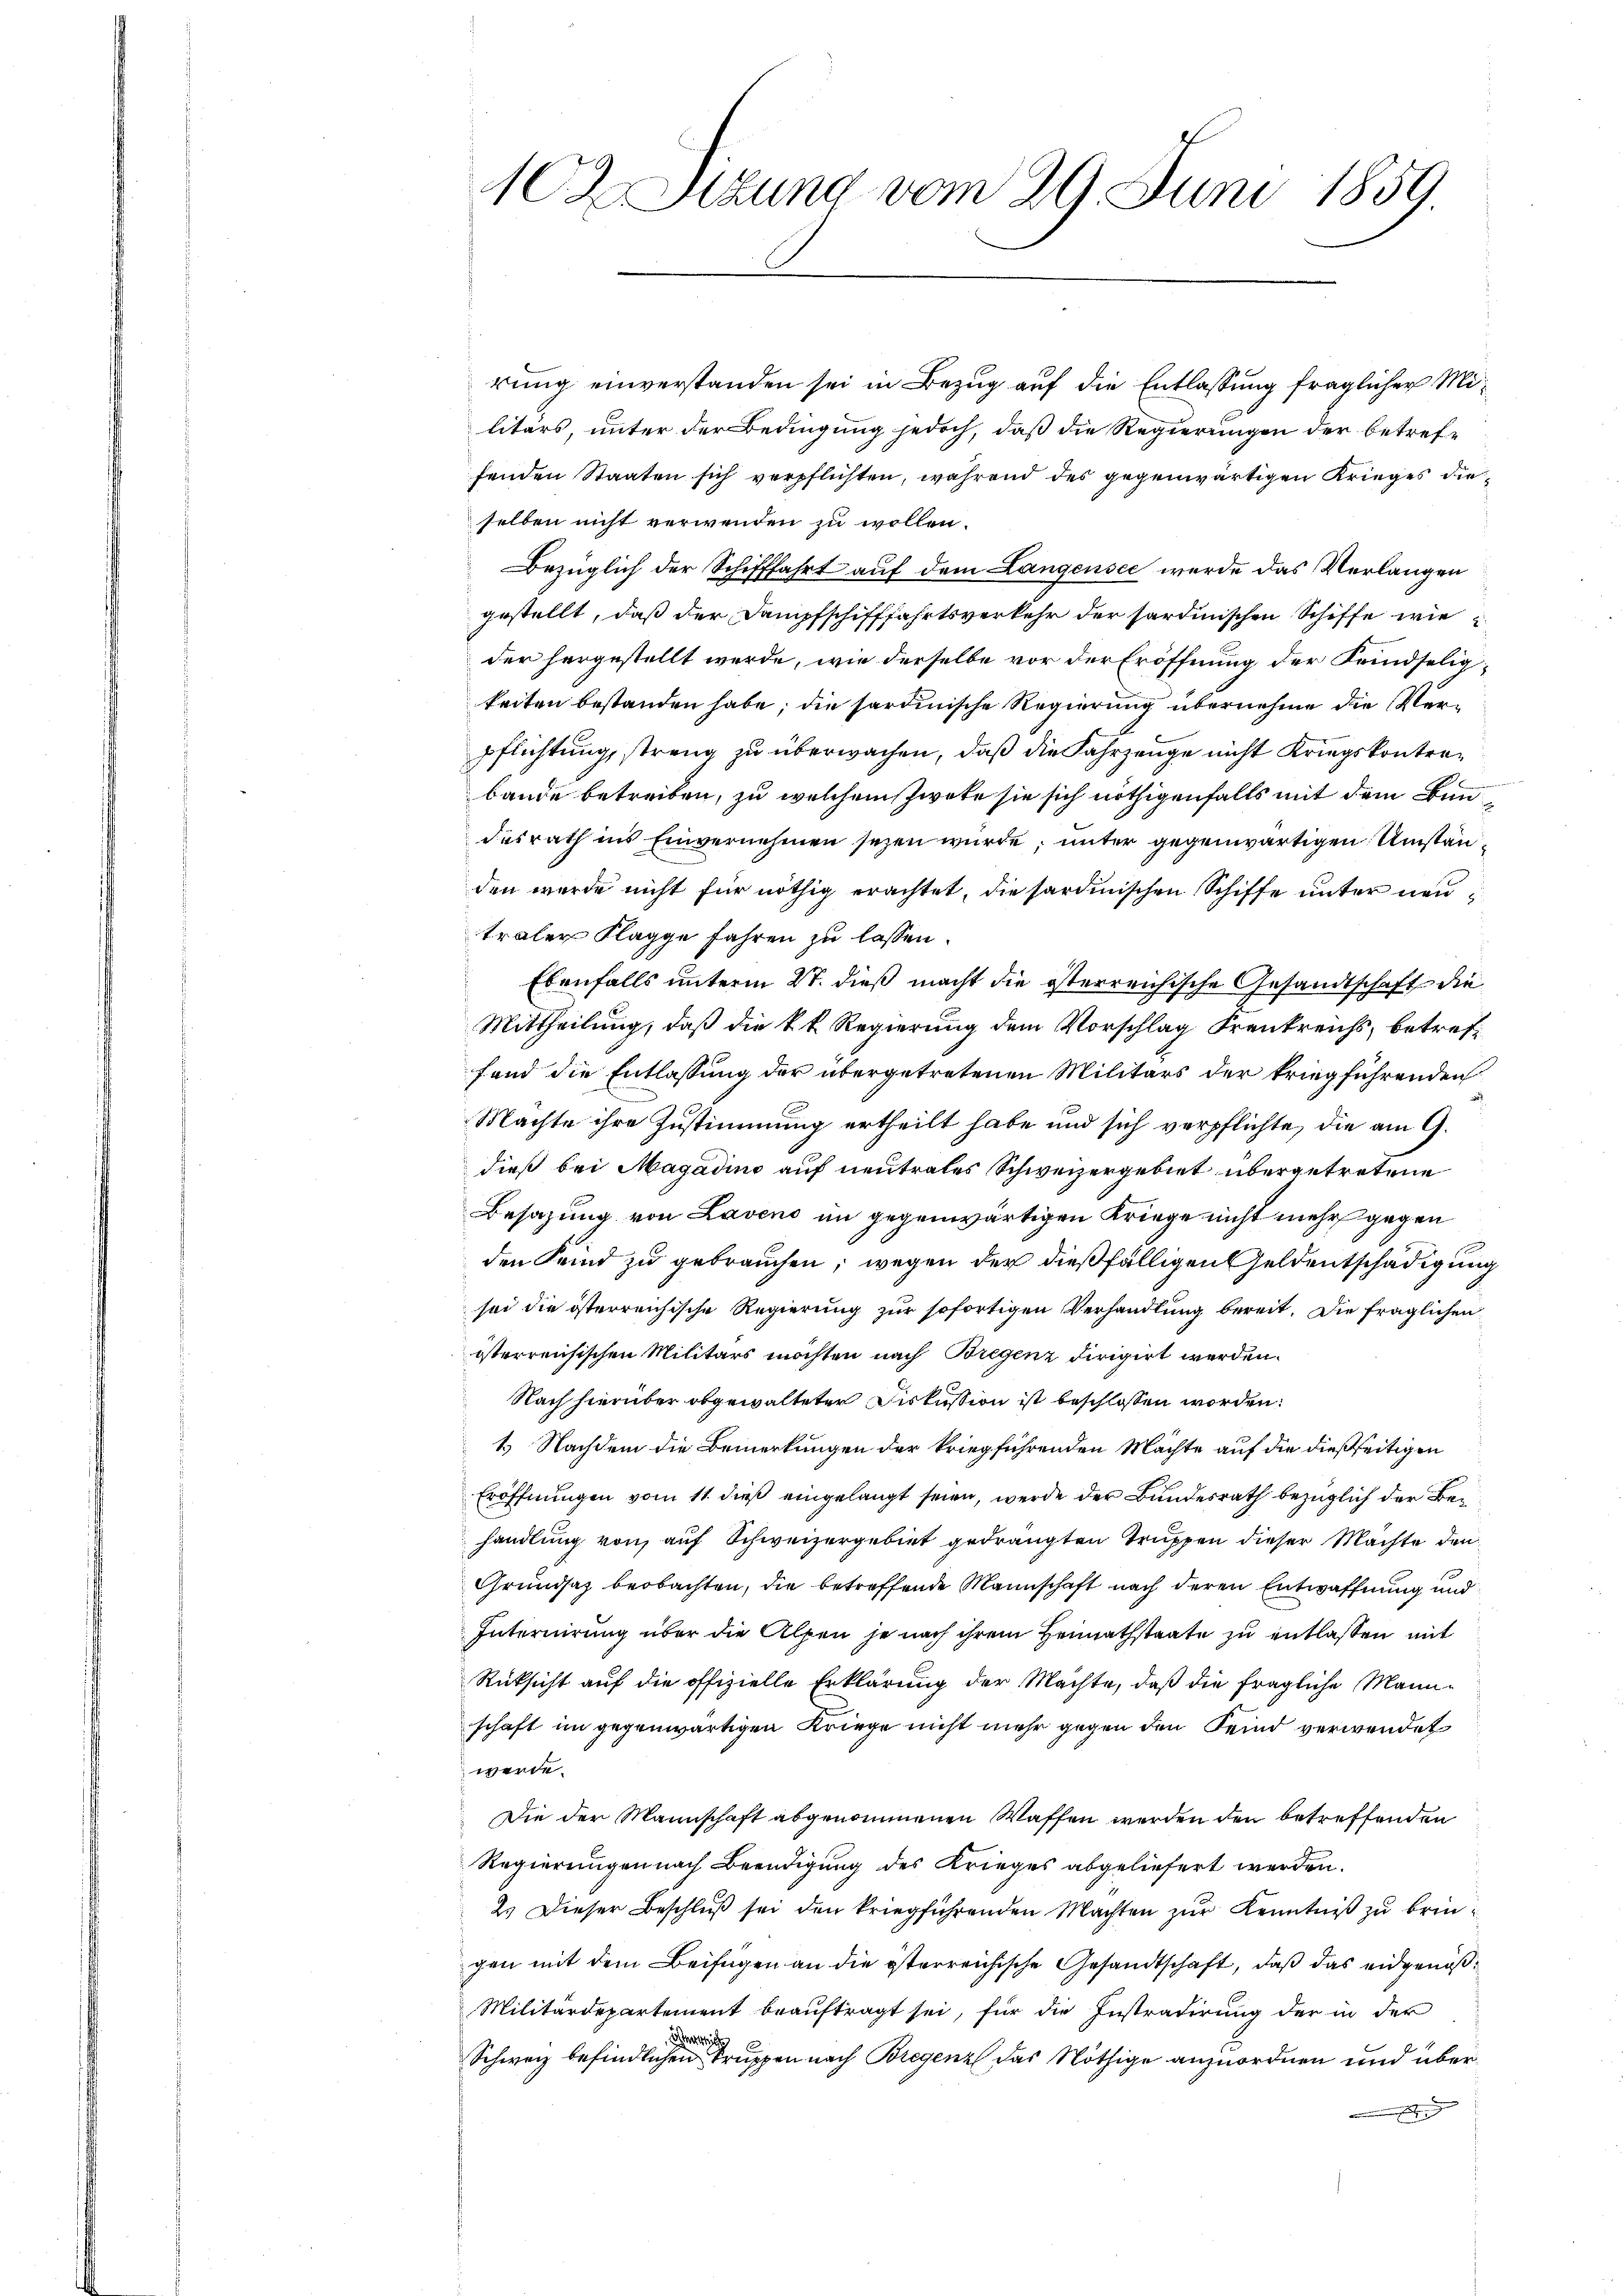
102 Stzung vom 29. Juni 1859.

rung einverstanden sei in Bezug auf die Entlassung fraglicher Militärs, unter der Bedingung jedoch, daß die Regierungen der betreffenden Staaten sich verpflichten, während des gegenwärtigen Krieges dieselben nicht verwenden zu wollen.
Bezüglich der Schifffahrt auf dem Langensee werde das Verlangen
gestellt, daß der Dampfschifffahrtsverkehr der sardinischen Schiffe wie
der hergestellt werde, wie derselbe vor der Eröffnung der Femdseligkeiten bestanden habe; die sardinische Regierung übernehme die Verpflichtung, streng zu überwachen, daß die Fahrzeuge nicht Kriegskontrabande betreiben, zu welchem Zwete sie sich nöthigenfalls mit dem Bundesrath ins Einvernehmen sezen wurde, unter gegenwärtigen Umstan
den wurde nicht für nöthig erachtet, die sardinischen Schiffe unter neutraler Klagge fahren zu lassen.
Ebenfalls unterm 27. dieß macht die österreichische Gesandtschaft die
Mittheilung, daß die kk. Regierung dem Vorschlag Frenkreichs, betreffand die Entlassung der übergetretenen Militärs der kriegführenden
Machte ihre Zustimmung ertheilt habe und sich verpflichte, die am 9.
dieß bei Magadino auf neutrales Schweizergebiet übergetretene
Besazung von Laveno im gegenwärtigen Kriege nicht mehr gegen
den Feind zu gebrauchen, wegen der dießfälligen Geldentschädigung
sei die österreichische Regierung zur sofortigen Verhandlung bereit. Die fraglichen
isterreichischen Militärs möchten nach Bregenz dirigirt werden.
Nach hierüber obgewalteter Diskussion ist beschlossen worden.
1.) Nachdem die Bemerkungen der kriegführenden Machte auf die dießseitigen
Eröffnungen vom 11. dieß eingelangt seien, werde der Bundesrath bezüglich der Behandlung von auf Schweizergebiet gedrängten Truppen dieser Machte den
Grundsaz beobachten, die betreffende Mannschaft nach deren Entwaffnung und
Internirung über die Alpen je nach ihrem Heimathstaate zu entlassen mit
Rüksicht auf die offizielle Erklärung der Machte, daß die fragliche Mannschaft im gegenwärtigen Kriege nicht mehr gegen den Feind verwendet
werde.
Die der Mannschaft abgenommenen Waffen werden den betreffenden
Regierungen nach Beendigung des Krieges abgeliefert werden.
2. Dieser Beschluß sei den kriegführenden Machten zur Kenntniß zu bringen mit dem Beifügen an die österreichische Gesandtschaft, daß das eidgenöß¬
Militärdepartement beauftragt sei, für die Instradirung der in der
errich
Schweiz befindlichen Truppen nach Bregenz das Nöthige anzuordnen und über¬